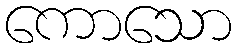
ကောသော